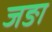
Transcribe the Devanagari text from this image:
जङा